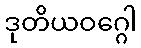
ဒုတိယဝဂ္ဂေါ